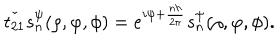
LaTeX: \check { t _ { 2 1 } } s _ { n } ^ { \psi } ( \rho , \varphi , \phi ) = e ^ { i \psi + \frac { n h } { 2 \pi } } s _ { n } ^ { \psi } ( \rho , \varphi , \phi ) .